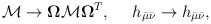
\begin{align*}{\cal M} \to {\bf \Omega} {\cal M} {\bf \Omega}^T, \ \ \ \ h_{\bar{\mu}\bar{\nu}} \to h_{\bar{\mu}\bar{\nu}}, \end{align*}